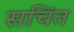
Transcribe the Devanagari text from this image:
सचिंत